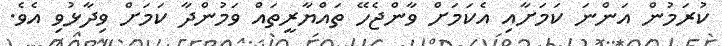
ކުރަމުން އަންނަ ކަމަށާއި އެކަމަށް ވާންޖެހޭ ތައްޔާރީތައް ވަމުންދާ ކަމަށް ވިދާޅުވި އެވެ.